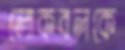
লোকবলকে